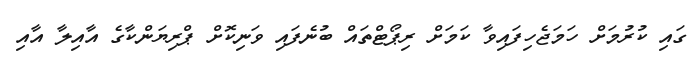
ގައި ކުރުމަށް ހަމަޖެހިފައިވާ ކަމަށް ރިޕޯޓްތައް ބުނެފައި ވަނިކޮށް ޕްރިޔަންކާގެ އާއިލާ އާއި